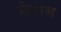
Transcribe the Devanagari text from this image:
प्रेस़ान